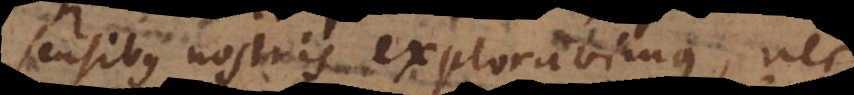
sensibus nostris exploravimus, nec